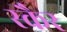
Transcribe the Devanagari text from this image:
स्कैर